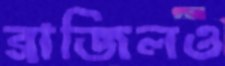
ব্রাজিলও